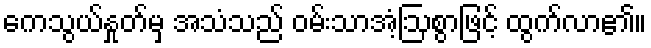
ကေသွယ်နှုတ်မှ အသံသည် ဝမ်းသာအံ့ဩစွာဖြင့် ထွက်လာ၏။